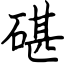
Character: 碪